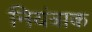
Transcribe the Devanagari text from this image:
नियंत्राक